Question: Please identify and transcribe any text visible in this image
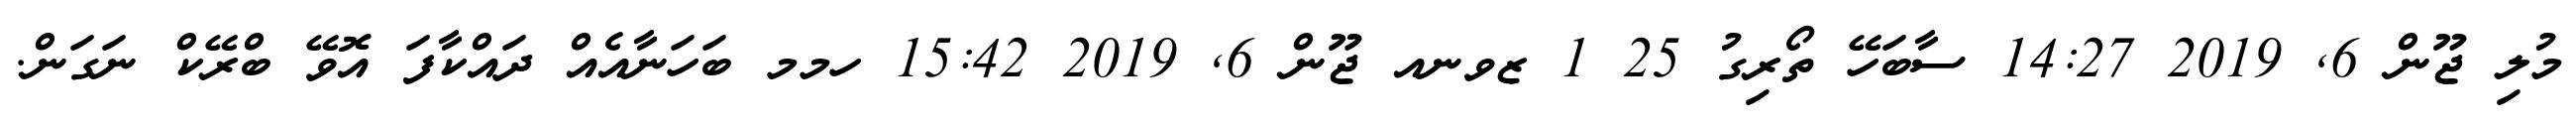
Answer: މުލި ޖޫން 6, 2019 14:27 ސާބަހޭ ތޯރިގު 25 1 ޒވނއ ޖޫން 6, 2019 15:42 ހމމ ބަހަނާއެއް ދައްކާފަ އޮވޭ ބްރޭކް ނަގަން.